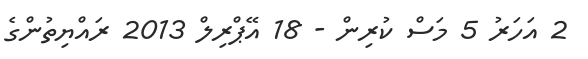
2 އަހަރު 5 މަސް ކުރިން - 18 އޭޕްރިލް 2013 ރައްޔިތުންގެ